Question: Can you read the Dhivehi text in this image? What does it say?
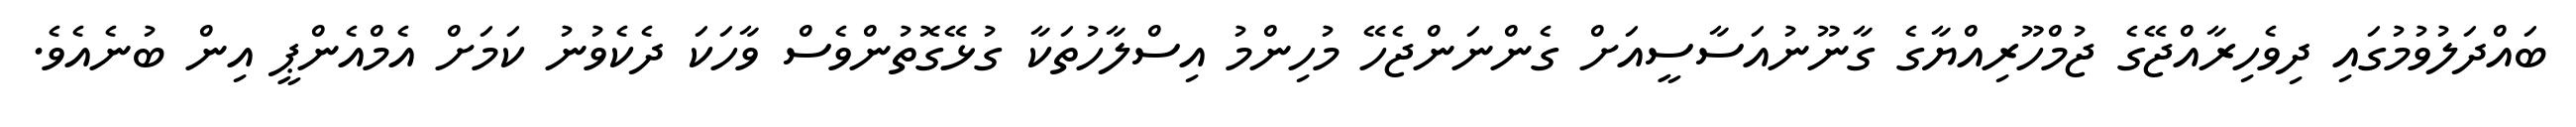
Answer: ބައްދަލުވުމުގައި ދިވެހިރާއްޖޭގެ ޖުމްހޫރިއްޔާގެ ގާނޫނުއަސާސީއަށް ގެންނަންޖެހޭ މުހިންމު އިސްލާހުތަކާ ގުޅޭގޮތުންވެސް ވާހަކަ ދެކެވުނު ކަމަށް އެމްއެންޕީ އިން ބުނެއެވެ.